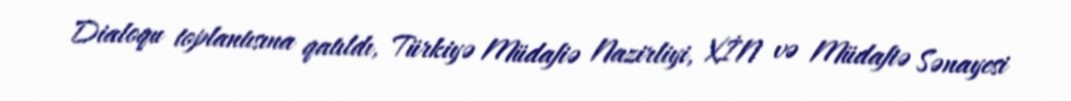
Dialoqu toplantısına qatıldı, Türkiyə Müdafiə Nazirliyi, XİN və Müdafiə Sənayesi